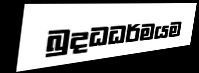
බුදධධර්මයම